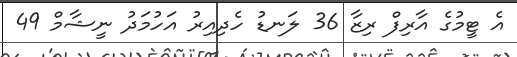
އެ ޓީމުގެ އާރިފް ރިޒާ 36 ލަނޑު ހެދިއިރު އަހުމަދު ނީޝާމް 49